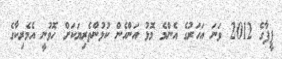
ފީފާގެ 2012 ވަނަ އަހަރުގެ އެންމެ މޮޅު އަންހެން ކުޅުންތެރިޔަކަށް ހޮވުނީ އެމެރިކާގެ